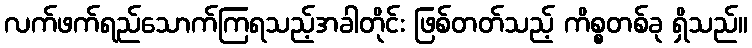
လက်ဖက်ရည်သောက်ကြရသည့်အခါတိုင်း ဖြစ်တတ်သည့် ကိစ္စတစ်ခု ရှိသည်။